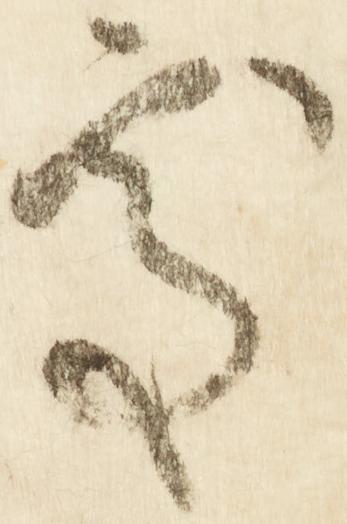
処